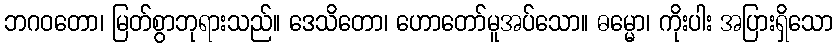
ဘဂဝတော၊ မြတ်စွာဘုရားသည်။ ဒေသိတော၊ ဟောတော်မူအပ်သော။ ဓမ္မော၊ ကိုးပါး အပြားရှိသော